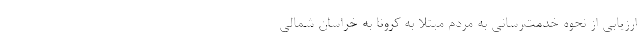
ارزیابی از نحوه خدمت‌رسانی به مردم مبتلا به کرونا به خراسان شمالی